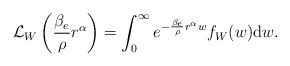
\begin{align*} \mathcal{L}_{W} \left(\frac{\beta_e}{\rho} r^\alpha \right) = \int_{0}^{\infty} e^{-\frac{\beta_e}{\rho} r^\alpha w} f_W(w) \mathrm{d}{w}.\end{align*}